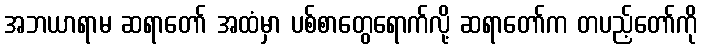
အဘယာရာမ ဆရာတော် အထံမှာ ပစ်စာတွေရောက်လို့ ဆရာတော်က တပည့်တော်ကို